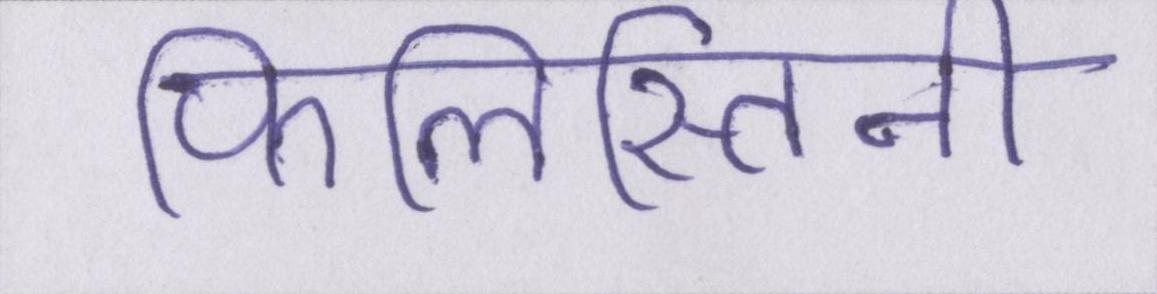
फिलिस्तिनी